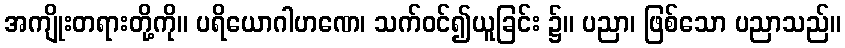
အကျိုးတရားတို့ကို။ ပရိယောဂါဟဏေ၊ သက်ဝင်၍ယူခြင်း ၌။ ပညာ၊ ဖြစ်သော ပညာသည်။